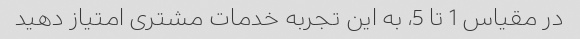
در مقیاس 1 تا 5، به این تجربه خدمات مشتری امتیاز دهید